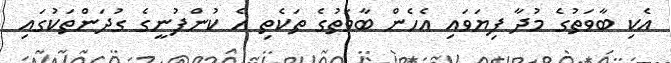
އެކި ބާވަތުގެ މުދާ ފިޔަވައި އެހެން ބާވަތުގެ ތަކެތި އެ ކުންފުނީގެ ގުދަންތަކުގައި